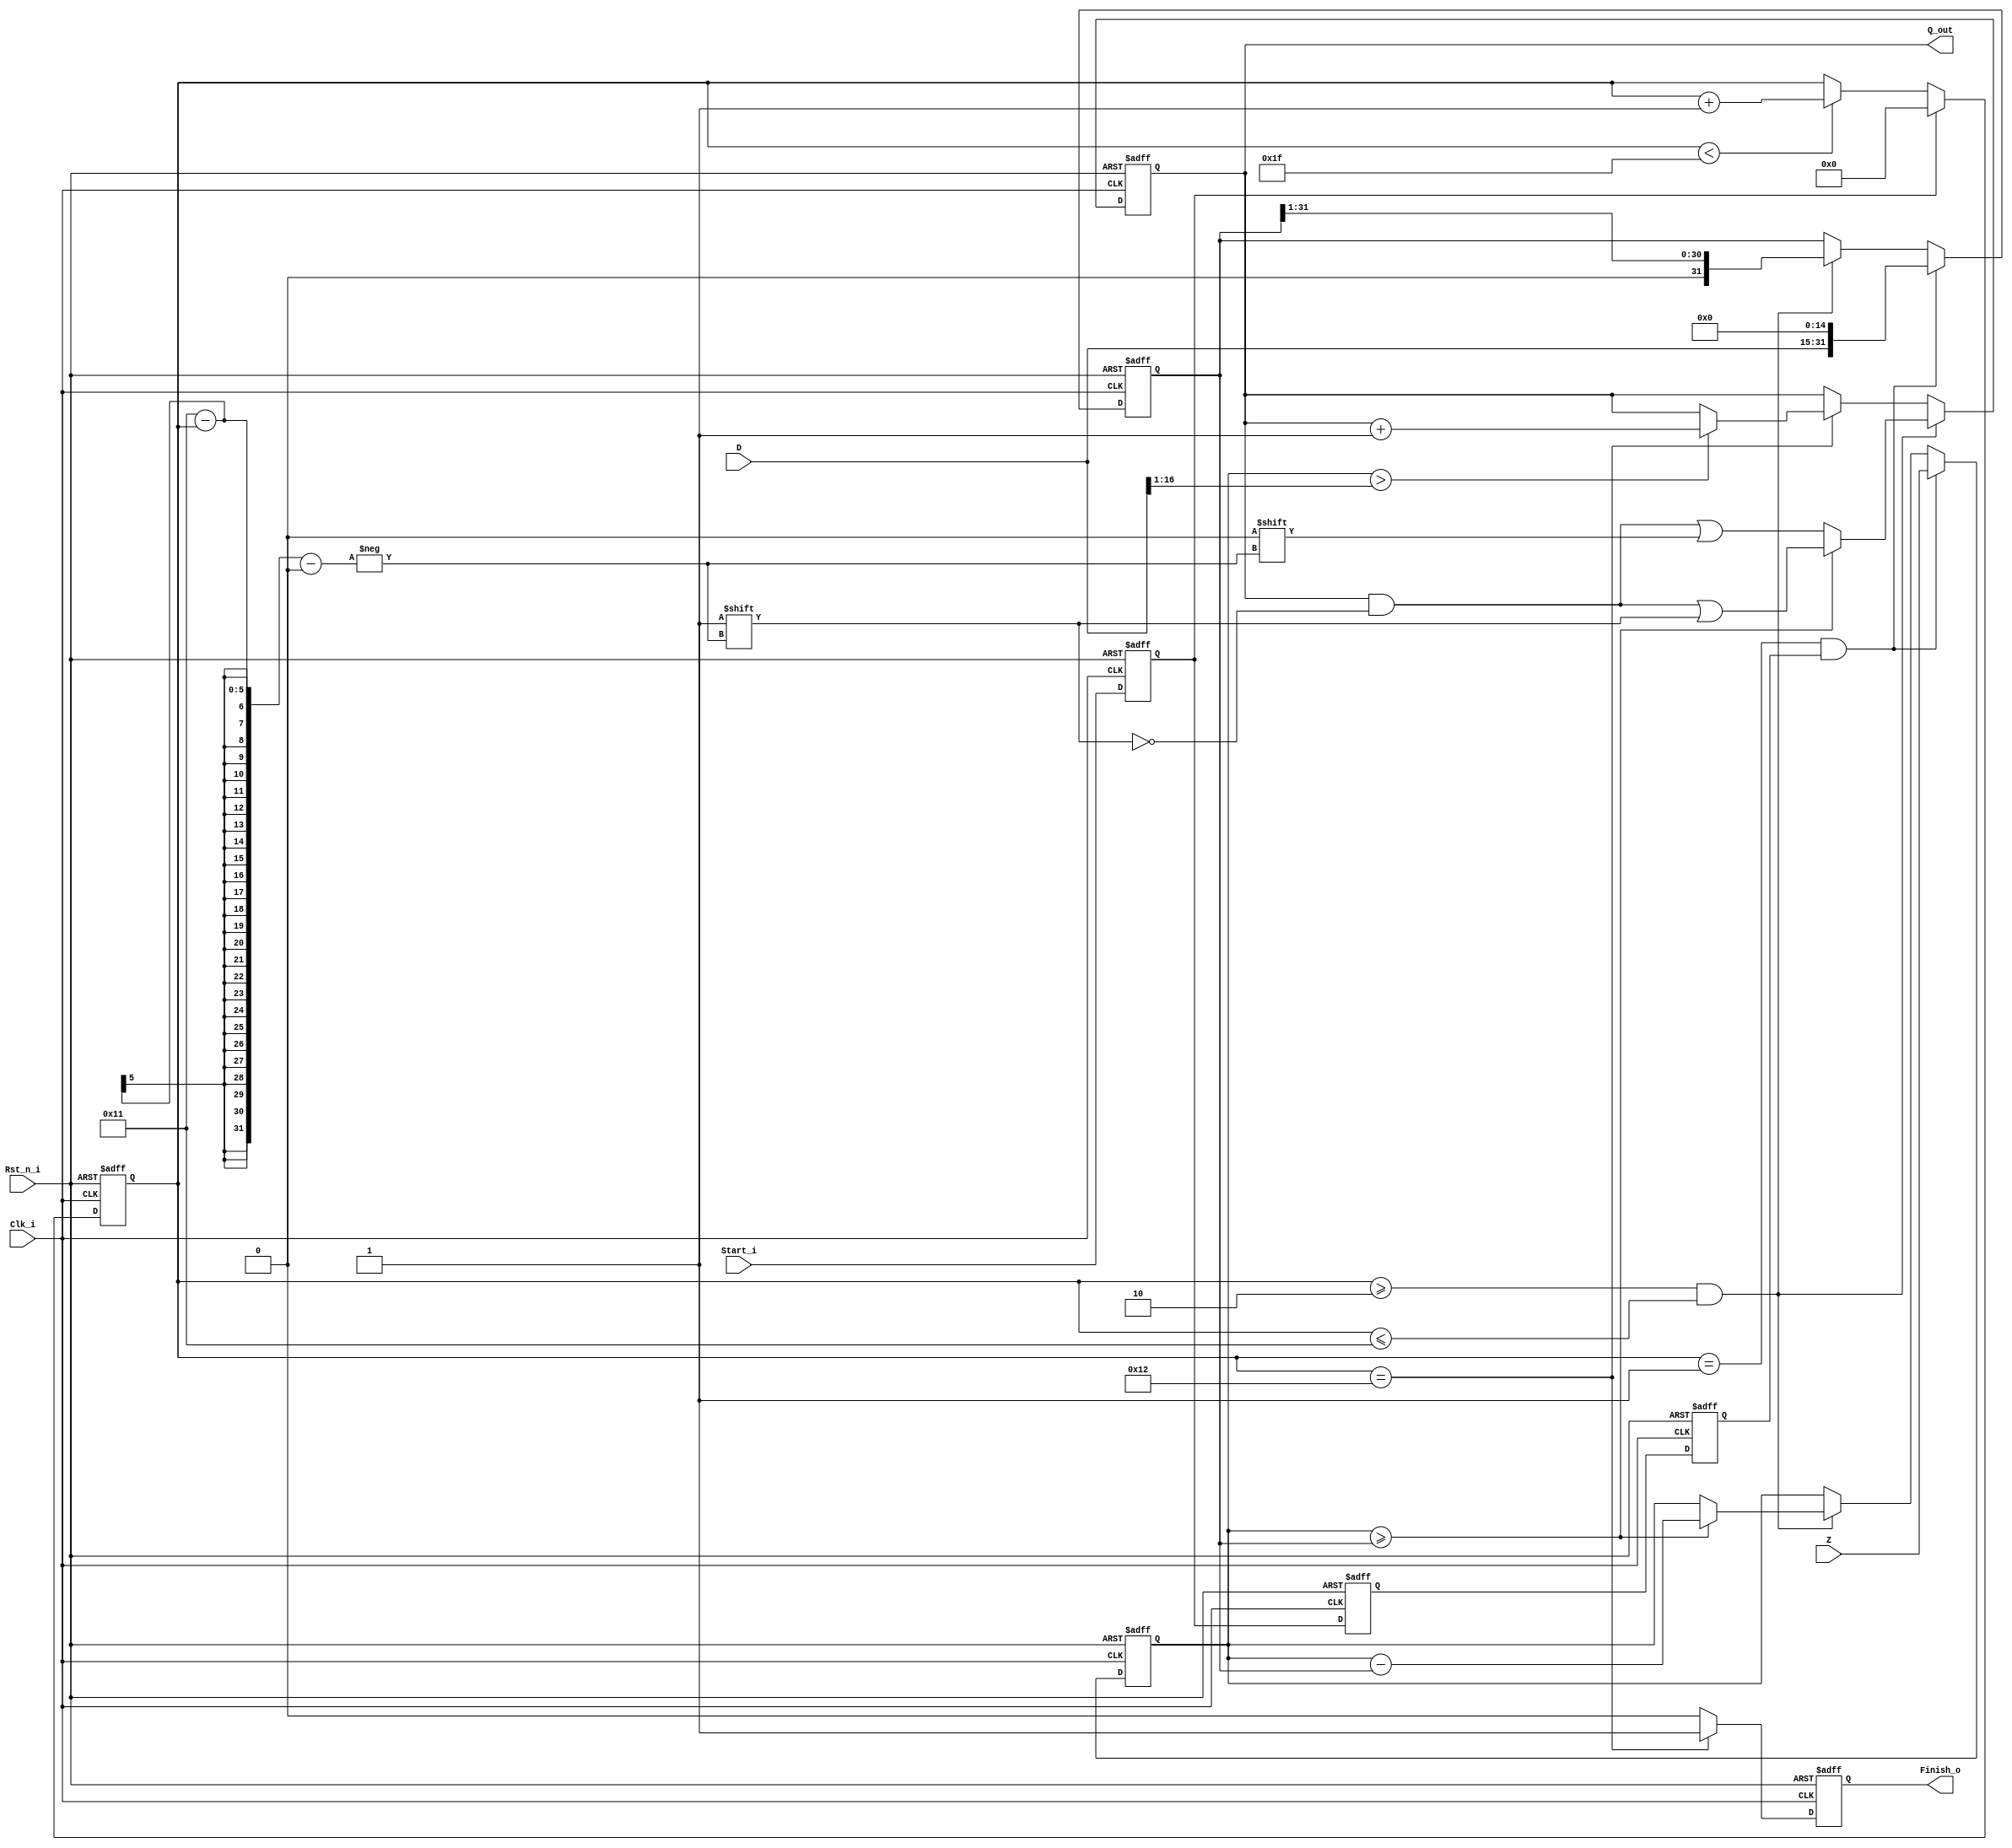
//wk2021/06/10/20:00
module DividerUintRound32z17d #(
  parameter Z_L = 32,
  parameter D_L = 17
)(
  input  wire Clk_i		          ,
  input  wire Rst_n_i	          ,
  input  wire Start_i	          ,
  input	 wire [Z_L-1:0]Z        ,
  input	 wire [D_L-1:0]D        ,
  output wire [Z_L-D_L:0] Q_out ,
  output  reg	Finish_o
);

reg 						Start_i_syn;
reg	[4:0]				counter;
reg [Z_L-1:0] 	Z_reg;
reg [Z_L-1:0] 	D_reg;
reg [Z_L-D_L:0] Q		 ;

always @(posedge Clk_i or negedge Rst_n_i) begin
	if(~Rst_n_i)
		Start_i_syn <= 1'b0;
	else
		Start_i_syn <= Start_i;
end

reg Start_i_syn_reg1;
reg Start_i_syn_reg2;
always @(posedge Clk_i or negedge Rst_n_i) begin
	if(~Rst_n_i)
		Start_i_syn_reg1 <= 1'b0;
	else
		Start_i_syn_reg1 <= Start_i_syn;
end
always @(posedge Clk_i or negedge Rst_n_i) begin
	if(~Rst_n_i)
		Start_i_syn_reg2 <= 1'b0;
	else
		Start_i_syn_reg2 <= Start_i_syn_reg1;
end


always @(posedge Clk_i or negedge Rst_n_i) begin
	if(~Rst_n_i)
		counter <= 31;
	else if(Start_i_syn)
		counter <= 0;
	else if(counter < 31)
		counter <= counter + 1;
	else;
end

//Z_reg
always @(posedge Clk_i or negedge Rst_n_i) begin
	if(~Rst_n_i)
		Z_reg[Z_L-1:0] <= {Z_L{1'b0}};
	else if(counter == 1 && Start_i_syn_reg2)
		Z_reg[Z_L-1:0] <= Z[Z_L-1:0];
	else if(counter >= 2 && counter <= Z_L-D_L+2)
		if(Z_reg[Z_L-1:0]>=D_reg[Z_L-1:0])
			Z_reg[Z_L-1:0] <= Z_reg[Z_L-1:0] - D_reg[Z_L-1:0];
		else;		
	else;
end

//D_reg
always @(posedge Clk_i or negedge Rst_n_i) begin
	if(~Rst_n_i)
		D_reg[Z_L-1:0] <= {Z_L{1'b0}};
	else if(counter == 1 && Start_i_syn_reg2)
		D_reg[Z_L-1:0] <= { D[D_L-1:0], {(Z_L-D_L){1'b0}} };
	else if(counter >= 2 && counter <= Z_L-D_L+2)
		D_reg[Z_L-1:0] <= {1'b0, D_reg[Z_L-1:1]};
	else;
end

//Q
wire 	 [D_L-1:0] D_div2 = D >> 1;
always @(posedge Clk_i or negedge Rst_n_i) begin
	if(~Rst_n_i)
		Q[Z_L-D_L:0] <= {(Z_L-D_L+1){1'b0}};
	else if(counter >= 2 && counter <= Z_L-D_L+2)
		if(Z_reg[Z_L-1:0]>=D_reg[Z_L-1:0])
			Q[Z_L-D_L+2-counter] <= 1'b1;
		else
			Q[Z_L-D_L+2-counter] <= 1'b0;
	else if(counter == Z_L-D_L+3)
		Q <= (Z_reg > D_div2)? Q+1 : Q;
	else;
end
assign Q_out = Q;

//Finish_o
always @(posedge Clk_i or negedge Rst_n_i) begin
	if(~Rst_n_i)
		Finish_o <= 1'b0;
	else if(counter == Z_L-D_L+3)
		Finish_o <= 1'b1;
	else
		Finish_o <= 1'b0;
end

endmodule